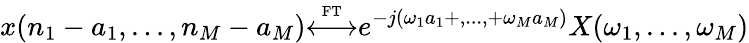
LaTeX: x(n_{1}-a_{1},...,n_{M}-a_{M}){\overset{\underset{\mathrm{FT}}{}}{\longleftrightarrow}}e^{-j(\omega_{1}a_{1}+,...,+\omega_{M}a_{M})}X(\omega_{1},...,\omega_{M})